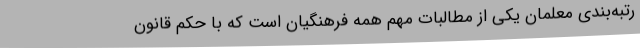
رتبه‌بندی معلمان یکی از مطالبات مهم همه فرهنگیان است که با حکم قانون